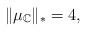
LaTeX: \begin{align*}\lVert \mu_\mathbb{C} \rVert_* = 4,\end{align*}